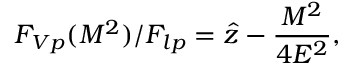
F _ { V p } ( M ^ { 2 } ) / F _ { l p } = \hat { z } - \frac { M ^ { 2 } } { 4 E ^ { 2 } } ,